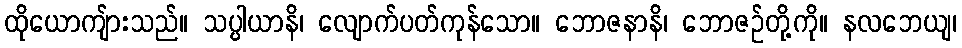
ထိုယောကျ်ားသည်။ သပ္ပါယာနိ၊ လျောက်ပတ်ကုန်သော။ ဘောဇနာနိ၊ ဘောဇဉ်တို့ကို။ နလဘေယျ၊